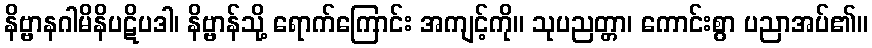
နိဗ္ဗာနဂါမိနိပဋိပဒါ၊ နိဗ္ဗာန်သို့ ရောက်ကြောင်း အကျင့်ကို။ သုပညတ္တာ၊ ကောင်းစွာ ပညာအပ်၏။